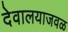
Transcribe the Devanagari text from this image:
देवालयाजवळ